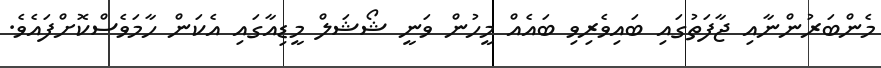
މެންބަރުންނާއި ޖާފަތުގައި ބައިވެރިވި ބައެއް މީހުން ވަނީ ޝޯޝަލް މީޑިއާގައި އެކަން ހާމަވެސްކޮށްފައެވެ.